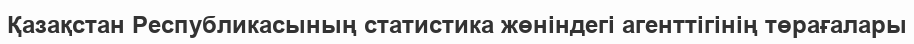
Қазақстан Республикасының статистика жөніндегі агенттігінің төрағалары